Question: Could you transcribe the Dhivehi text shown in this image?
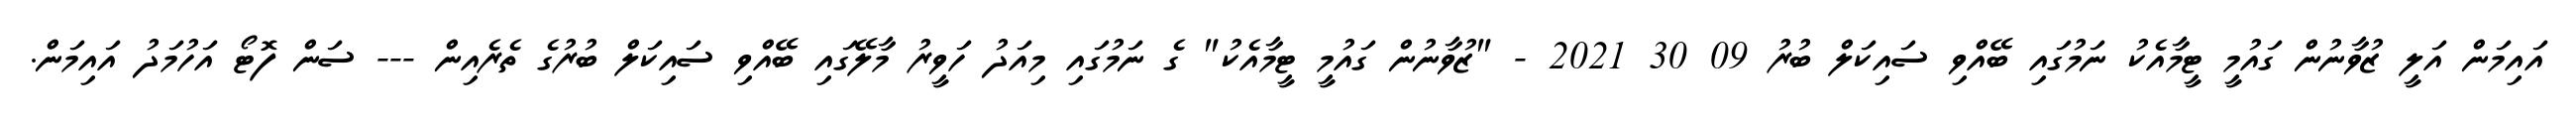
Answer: އައިމަން އަލީ ޒުވާނުން ގައުމީ ޓީމާއެކު ނަމުގައި ބޭއްވި ސައިކަލް ބުރު 09 30 2021 - "ޒުވާނުން ގައުމީ ޓީމާއެކު" ގެ ނަމުގައި މިއަދު ހަވީރު މާލޭގައި ބޭއްވި ސައިކަލް ބުރުގެ ތެރެއިން --- ސަން ފޮޓޯ އަހުމަދު އައިމަން.